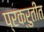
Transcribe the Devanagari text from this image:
प्रक्रुतीत